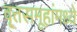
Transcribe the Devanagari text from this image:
वृ्त्तसमूहांमध्ये